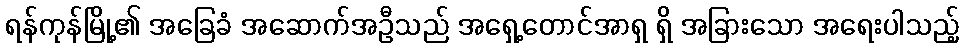
ရန်ကုန်မြို့၏ အခြေခံ အဆောက်အဦသည် အရှေ့တောင်အာရှ ရှိ အခြားသော အရေးပါသည့်